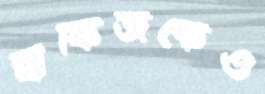
হাফিজকেও